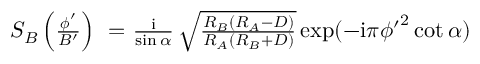
\begin{array} { r l r } { S _ { B } \left( { \frac { \boldsymbol \phi ^ { \prime } } { B ^ { \prime } } } \right) \! \! \! \! } & { { } = } & { \! \! \! \! { \frac { \mathrm { i } } { \sin \alpha } } \, \sqrt { \frac { R _ { B } ( R _ { A } - D ) } { R _ { A } ( R _ { B } + D ) } } \exp ( - \mathrm { i } \pi { \phi ^ { \prime } } ^ { 2 } \cot \alpha ) } \end{array}